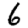
Digit: 6